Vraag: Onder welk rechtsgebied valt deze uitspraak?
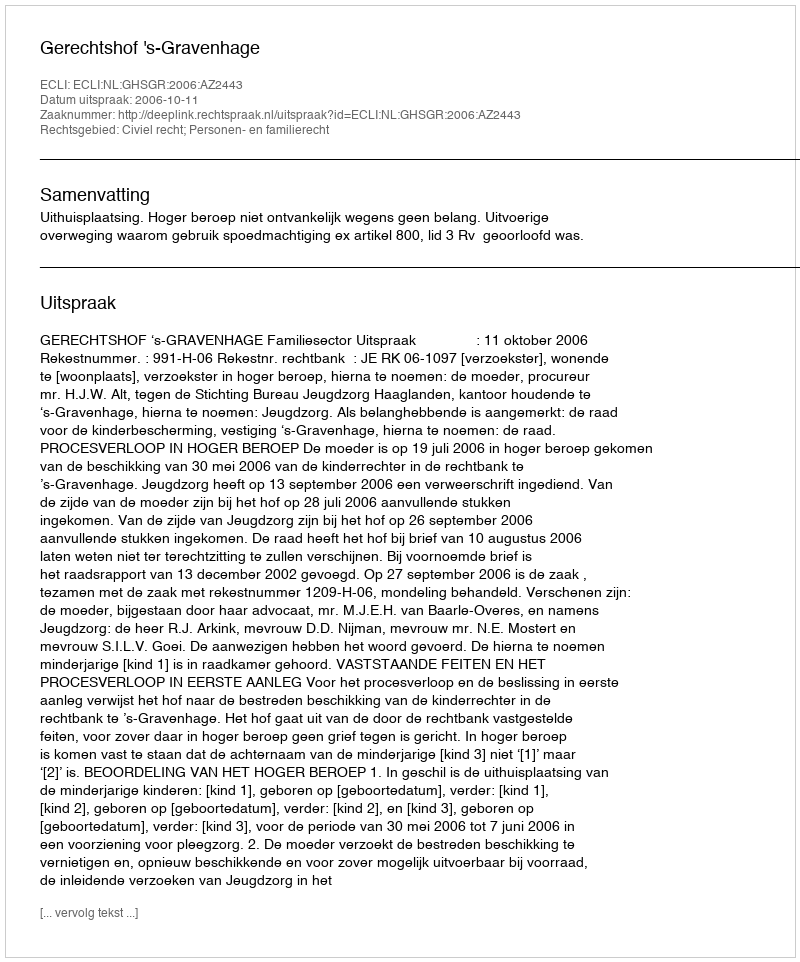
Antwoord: Civiel recht; Personen- en familierecht